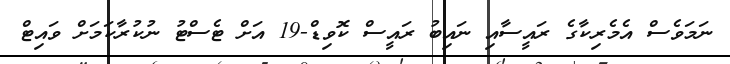
ނަމަވެސް އެމެރިކާގެ ރައީސާއި ނައިބު ރައީސް ކޮވިޑް-19 އަށް ޓެސްޓު ނުކުރާކަމަށް ވައިޓް